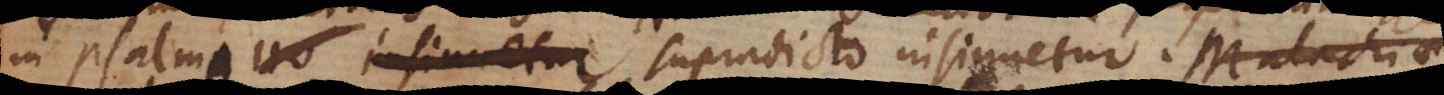
in psalmo supradicto insinuetur. Malachiae